Report on the working of the mental hospitals for Indians in Bihar and Orissa - 1925-1929
Year: 1925
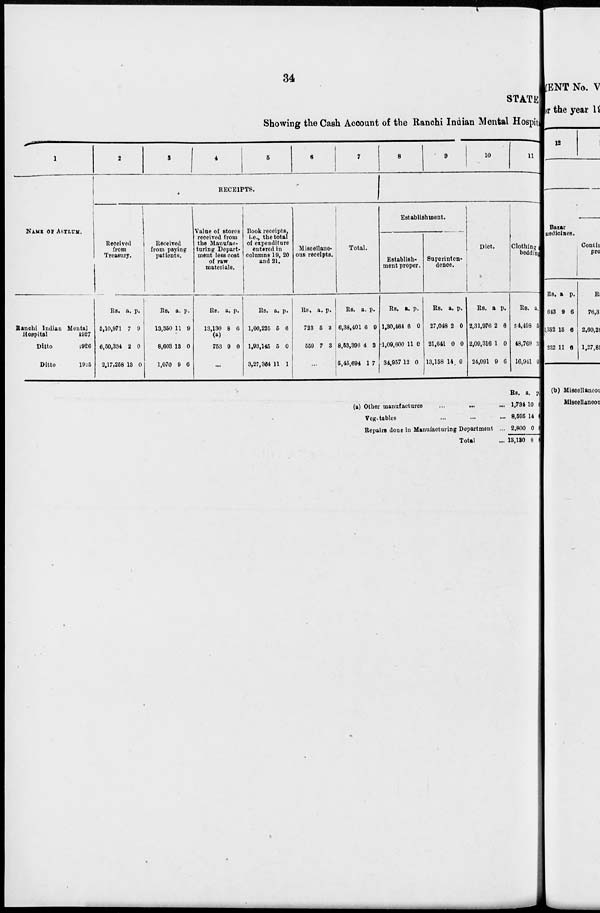
34
STATE
Showing the Cash Account of the Ranchi Indian Mental Hospital
1
NAME OF ASYLUM.
Ranchi Indian Mental
Hospital
1927
Ditto
1926
Ditto
1925
2
3
4
5
6
7
RECEIPTS.
Received
from
Treasury.
Rs.
5,10,971
6,50,334
2,17,258
a.
7
2
13
p.
9
0
0
Received
from paying
patients.
Rs.
13,350
8,603
1,070
a.
11
18
9
p.
9
0
6
Value of stores
received from
the Manufac-
turing Depart-
ment less cost
of raw
materials.
Rs.
13,130
(a)
753
a.
8
9
p.
6
0
...
Book receipts,
i.e., the total
of expenditure
entered in
columns 19, 20
and 21.
Rs.
1,00,226
1,93,145
3,27,364
a.
5
5
11
p.
6
0
1
Miscellane-
ous receipts.
Rs.
723
559
a.
5
7
p.
3
3
...
Total.
Rs.
6,38,401
8,53,396
5,45,694
a.
6
4
1
p.
9
3
7
8
9
10
11
Establishment.
Establish¬
ment proper.
Rs.
1,30,464
1,09,600
34,957
a.
6
11
12
p.
0
0
0
Superinten-
dence.
Rs.
27,048
21,641
13,158
a.
2
0
14
p.
0
0
0
Diet.
Rs.
2,31,976
2,09,316
24,091
a.
2
1
9
p.
6
0
6
Clothing
bedding.
Rs.
54,498
48,769
16,941
a.
5
3
0
(a) Other manufactures
...
...
Vegetables ... ...
Repairs done in Manufacturing Department
Total
Rs.
1,734
8,595
2,800
13,130
a.
10
14
0
3
p.
0
0
0
0